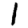
Digit: 1